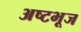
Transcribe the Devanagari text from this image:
अष्टभूज